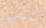
رئيستك